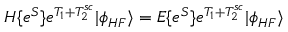
H \{ e ^ { S } \} e ^ { T _ { 1 } + T _ { 2 } ^ { s c } } | \phi _ { H F } \rangle = E \{ e ^ { S } \} e ^ { T _ { 1 } + T _ { 2 } ^ { s c } } | \phi _ { H F } \rangle